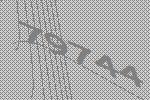
79744